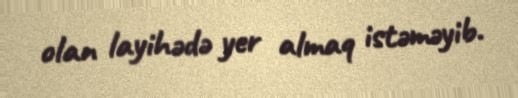
olan layihədə yer almaq istəməyib.